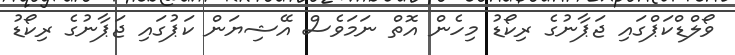
ވޯލްޑްކަޕްގައި ޖަޕާނުގެ ރިކޯޑު މިހެން އޮތް ނަމަވެސް އޭޝިޔަން ކަޕުގައި ޖަޕާނުގެ ރިކޯޑު